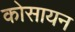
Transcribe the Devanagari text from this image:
कोसायन